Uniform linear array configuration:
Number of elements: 32
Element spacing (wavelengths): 1
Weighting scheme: hamming
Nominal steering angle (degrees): -30
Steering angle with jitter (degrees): -28.191
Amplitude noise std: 0.05
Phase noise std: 0.05

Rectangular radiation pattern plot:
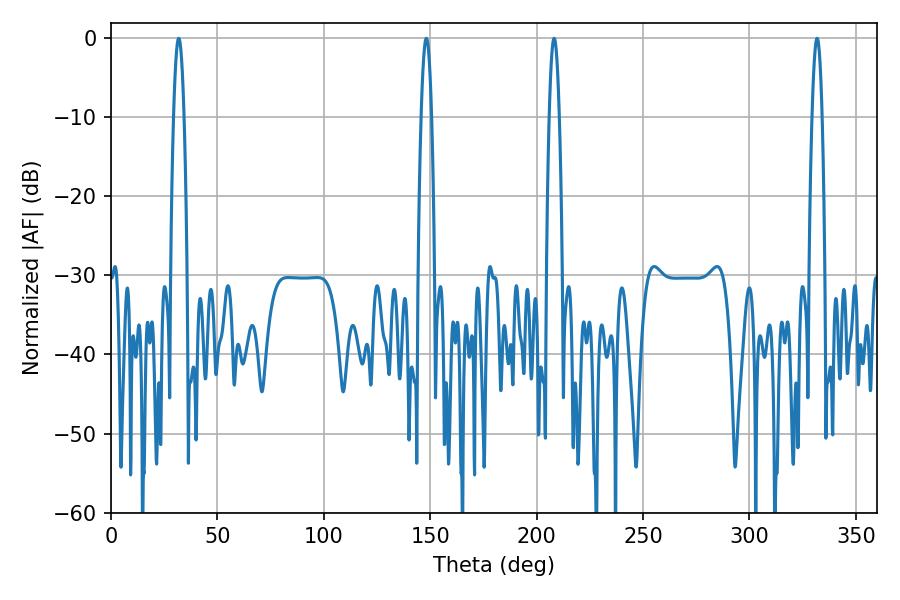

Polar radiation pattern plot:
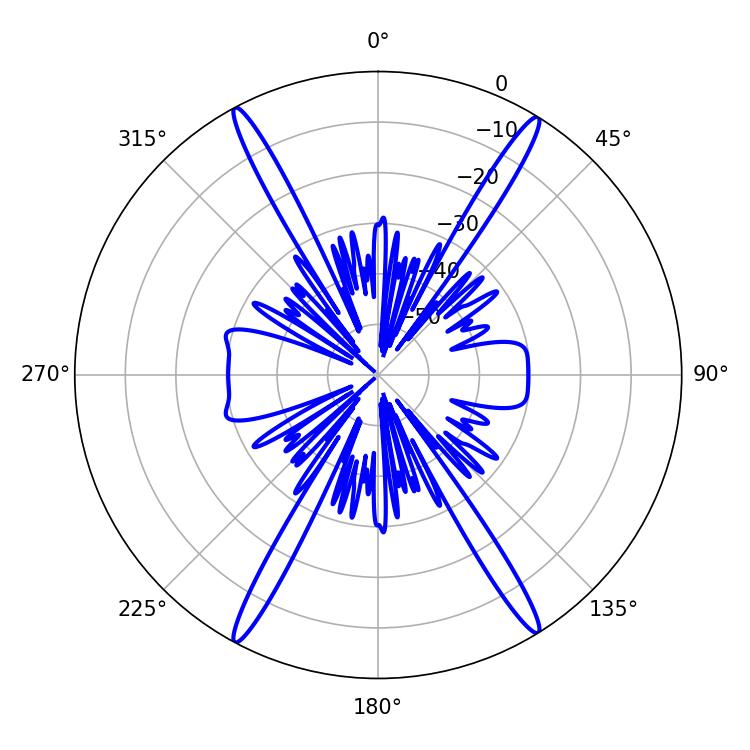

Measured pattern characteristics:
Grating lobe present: TRUE
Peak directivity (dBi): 24.482
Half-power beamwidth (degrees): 2.7
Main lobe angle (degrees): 31.86